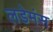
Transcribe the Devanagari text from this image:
लडेमंस